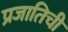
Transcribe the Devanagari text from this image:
प्रजातिची